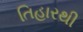
તિહારથી